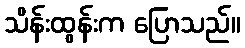
သိန်းထွန်းက ပြောသည်။